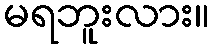
မရဘူးလား။